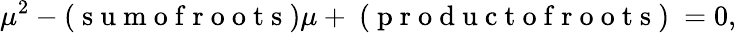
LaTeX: \mu^{2}-(\mathrm{~s~u~m~o~f~r~o~o~t~s~})\mu+\mathrm{~(~p~r~o~d~u~c~t~o~f~r~o~o~t~s~)~}=0,